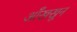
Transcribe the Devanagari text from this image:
आँखखून